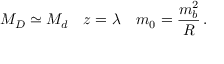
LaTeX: M _ { D } \simeq M _ { d } \quad z = \lambda \quad m _ { 0 } = { \frac { m _ { b } ^ { 2 } } { R } } \, .